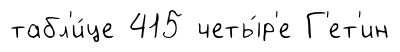
табл'и́це 415 четы́р'е Г'ет'ин